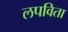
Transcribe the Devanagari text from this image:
लपविता